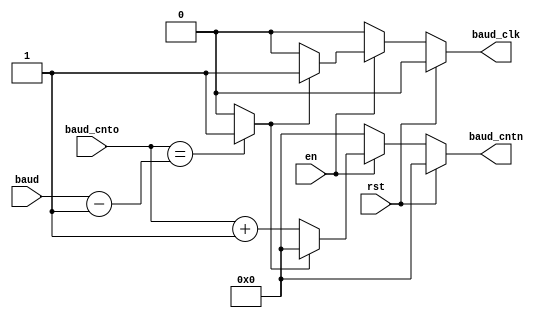
module baud_counter
(
	input wire			rst,
	input wire			en,
	input wire [19:0] baud,
	input wire [19:0] baud_cnto,
	
	output reg [19:0] baud_cntn,

	output reg			baud_clk
);

wire reached;
wire valid_baud;

assign valid_baud = (baud >= 20'd16) ? 1'b1 : 1'b0;
assign reached = (baud_cnto == baud - 20'b1) ? 1'b1 : 1'b0;

always @ *
begin
	
	if (rst)
	begin
	
		baud_clk = 1'b0;
		baud_cntn = 20'b0;
		
	end
	
	else
	begin
		
		if (en)
		begin
		
			if (reached)
			begin
			
				baud_clk = 1'b1;
				baud_cntn = 20'b0;
				
			end
			
			else
			begin
			
				baud_clk = 1'b0;
				baud_cntn = baud_cnto + 20'b1;
				
			end
			
		end
			
			
		else
		begin
		
			baud_clk = 1'b0;
			baud_cntn = 20'b0;
			
		end
		
	end
end

endmodule